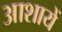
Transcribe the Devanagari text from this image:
आशायें